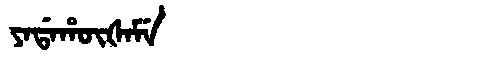
Manchu: ᠶᠠᡩᠠᡥᡡᡧᠠᠮᡝ
Romanization: YADAHŪŠAME